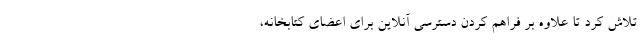
تلاش کرد تا علاوه بر فراهم کردن دسترسی آنلاین برای اعضای کتابخانه،